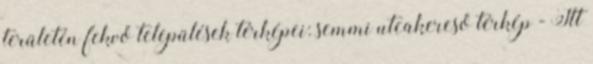
területén fekvő települések térképei: semmi utcakereső térkép - Itt